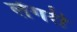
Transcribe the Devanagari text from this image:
लेंगरी